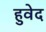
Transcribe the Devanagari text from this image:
हुवेद